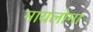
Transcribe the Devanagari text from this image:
मायलोमा